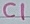
Text: C1